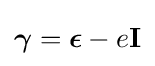
{\boldsymbol {\gamma }}={\boldsymbol {\epsilon }}-e\mathbf {I}